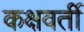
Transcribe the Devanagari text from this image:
कक्षवर्ती